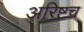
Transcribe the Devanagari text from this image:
अरिष्टच